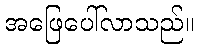
အဖြေပေါ်လာသည်။